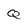
Character: Q